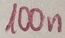
Text: 100n